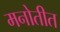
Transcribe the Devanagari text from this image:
मनोतीत